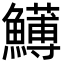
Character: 𩼬